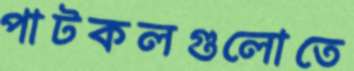
পাটকলগুলোতে